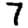
Digit: 7